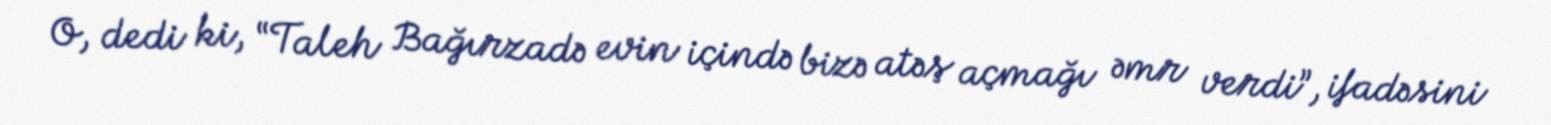
O, dedi ki, “Taleh Bağırzadə evin içində bizə atəş açmağı əmr verdi”, ifadəsini